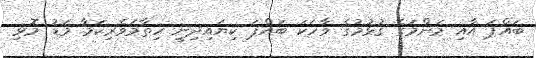
ބައްޕަ އާއި މަންމަގެ ގުޅުމުގެ ވާހަކަ ބައްޕަ ކިޔައިދިނީ ހިތާމަވެރިކަމާ މަޑު މޮޅި